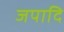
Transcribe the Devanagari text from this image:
जपादि